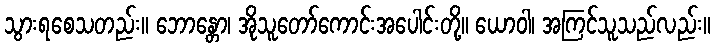
သွားရစေသတည်း။ ဘောန္တော၊ အိုသူတော်ကောင်းအပေါင်းတို့။ ယောဝါ၊ အကြင်သူသည်လည်း။